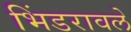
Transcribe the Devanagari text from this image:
भिंडरावले